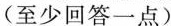
(至少回答一点)